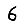
Digit: 6